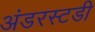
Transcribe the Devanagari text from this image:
अंडरस्टडी